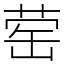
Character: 䓨